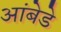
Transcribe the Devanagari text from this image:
आंबेडे